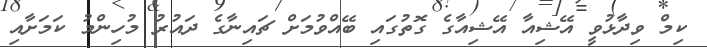
ކިމް ވިދާޅުވީ އޭޝިއާ އޭޝިއާގެ ގޮތުގައި ބޭއްވުމަށް ޗައިނާގެ ދައުރު މުހިންމު ކަމަށާއި